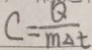
C = \frac { Q } { m \Delta t }